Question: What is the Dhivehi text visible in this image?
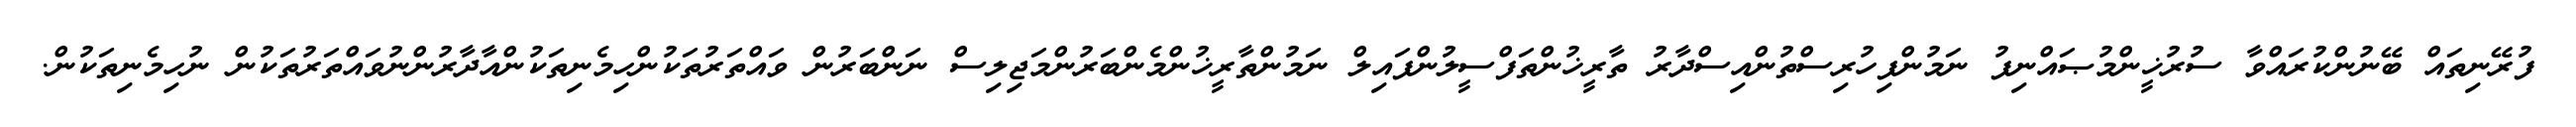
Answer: ފުރޭނިތައް ބޭނުންކުރައްވާ ސުރުޚީންމުޞައްނިފު ނަމުންފިހުރިސްތުންއިސްދާރު ތާރީޚުންތަފްސީލުންފައިލް ނަމުންތާރީޚުންމެންބަރުންމަޖިލިސް ނަންބަރުން ވައްތަރުތަކުންހިމެނިތަކުންއާދާރުންނުވައްތަރުތަކުން ނުހިމެނިތަކުން.